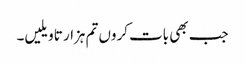
جب بھی بات کروں تم ہزار تاویلیں۔